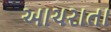
આચરાતા